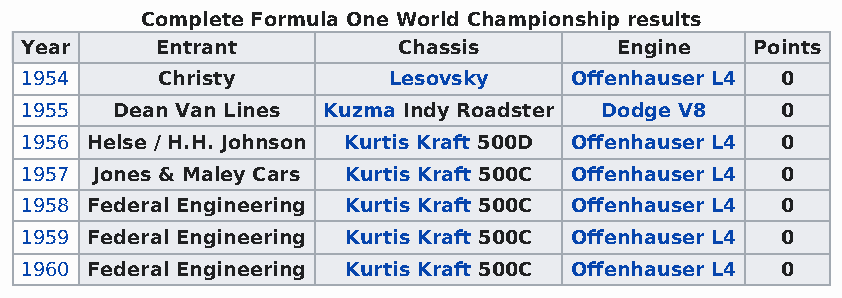
Complete Formula One World Championship results
 Year     Entrant         Chassis        Engine   Points
 1954     Christy         Lesovsky    Offenhauser L4 0
 1955  Dean Van Lines Kuzma Indy Roadster Dodge V8  0
 1956 Helse / H.H. Johnson Kurtis Kraft 500D Offenhauser L4 0
 1957 Jones & Maley Cars Kurtis Kraft 500C Offenhauser L4 0
 1958 Federal Engineering Kurtis Kraft 500C Offenhauser L4 0
 1959 Federal Engineering Kurtis Kraft 500C Offenhauser L4 0
 1960 Federal Engineering Kurtis Kraft 500C Offenhauser L4 0